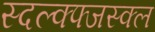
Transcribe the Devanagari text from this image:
स्दल्क्फ्जस्क्ल